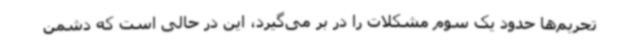
تحریم‌ها حدود یک سوم مشکلات را در بر می‌گیرد، این در حالی است که دشمن